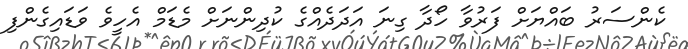
ކެންސަރު ބައްޔަށް ފަރުވާ ހޯދާ ގިނަ އަދަދެއްގެ ކުދިންނަށް މެޑަމް އެހީވެ ވަޑައިގެންފި